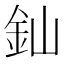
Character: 𨥉